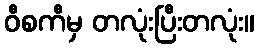
ဝီစကီမှ တလုံးပြီးတလုံး။